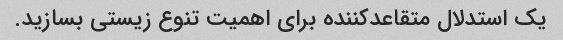
یک استدلال متقاعدکننده برای اهمیت تنوع زیستی بسازید.